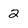
Character: 2